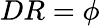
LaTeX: {DR}=\phi